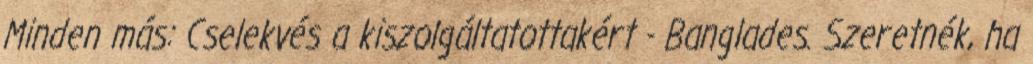
Minden más: Cselekvés a kiszolgáltatottakért - Banglades. Szeretnék, ha